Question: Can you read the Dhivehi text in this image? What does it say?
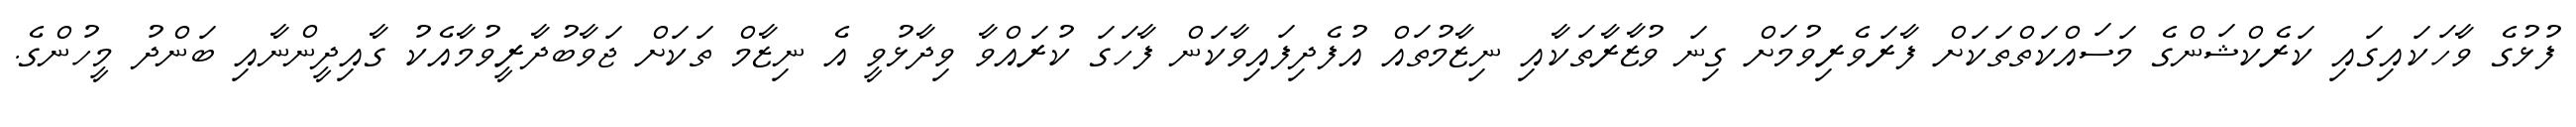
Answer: ފުޅުގެ ވާހަކައިގައި ކަރެކްޝަންގެ މަސައްކަތްތަކަށް ފާރަވެރިވުމަށް ގިނަ ވުޒާރާތަކާއި ނިޒާމުތައް އުފެދިފައިވާކަން ފާހަގަ ކުރައްވާ ވިދާޅުވީ އެ ނިޒާމް ތަކަށް ޖަވާބުދާރީވުމާއެކު ގާއިދީންނާއި ބަންދު މީހުންގެ.